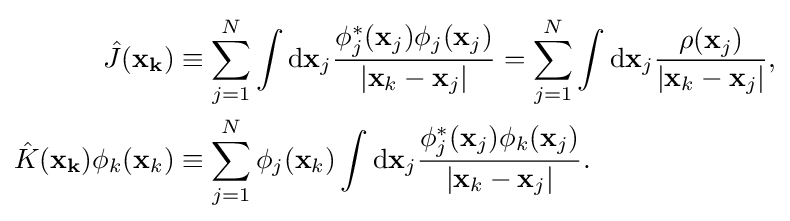
{\begin{aligned}{\hat {J}}(\mathbf {x_{k}} )&\equiv \sum _{j=1}^{N}\int \mathrm {d} \mathbf {x} _{j}{\frac {\phi _{j}^{*}(\mathbf {x} _{j})\phi _{j}(\mathbf {x} _{j})}{|\mathbf {x} _{k}-\mathbf {x} _{j}|}}=\sum _{j=1}^{N}\int \mathrm {d} \mathbf {x} _{j}{\frac {\rho (\mathbf {x} _{j})}{|\mathbf {x} _{k}-\mathbf {x} _{j}|}},\\{\hat {K}}(\mathbf {x_{k}} )\phi _{k}(\mathbf {x} _{k})&\equiv \sum _{j=1}^{N}\phi _{j}(\mathbf {x} _{k})\int {\text{d}}\mathbf {x} _{j}{\frac {\phi _{j}^{*}(\mathbf {x} _{j})\phi _{k}(\mathbf {x} _{j})}{|\mathbf {x} _{k}-\mathbf {x} _{j}|}}.\\\end{aligned}}